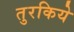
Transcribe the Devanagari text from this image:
तुरकिये